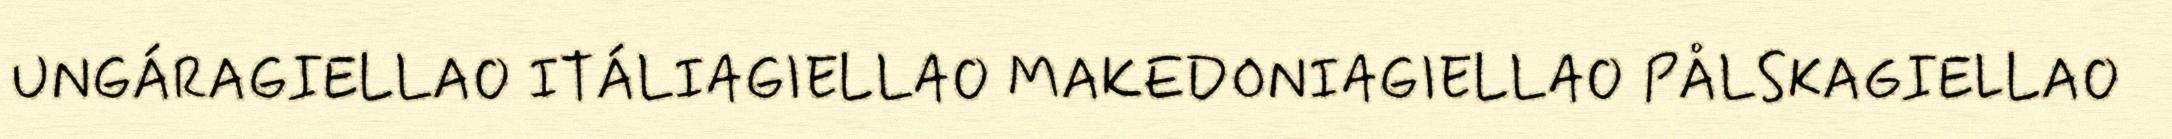
UNGÁRAGIELLA ITÁLIAGIELLA MAKEDONIAGIELLA PÅLSKAGIELLA